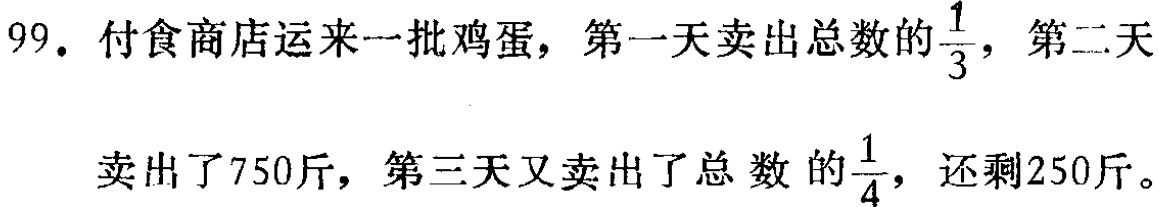
99. 付食商店运来一批鸡蛋，第一天卖出总数的$\frac{1}{3}$，第二天

卖出了750斤，第三天又卖出了总数的$\frac{1}{4}$，还剩250斤。